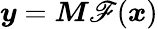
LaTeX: \boldsymbol{y}=\boldsymbol{M}\mathscr{F}(\boldsymbol{x})